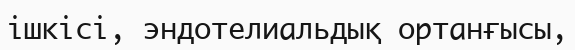
ішкісі, эндотелиальдық ортанғысы,